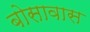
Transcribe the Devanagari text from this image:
बोसावास